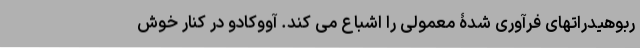
ربوهیدراتهای فرآوری شدۀ معمولی را اشباع می کند. آووکادو در کنار خوش